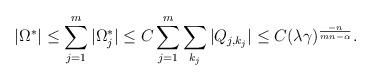
LaTeX: \begin{align*}|\Omega^{*} | &\le \sum_{j=1}^{m} |\Omega_{j}^{*} | \le C \sum_{j=1}^{m} \sum_{k_{j}} |Q_{j,k_{j}} | \le C (\lambda\gamma)^{\frac{-n}{mn-\alpha}}.\end{align*}